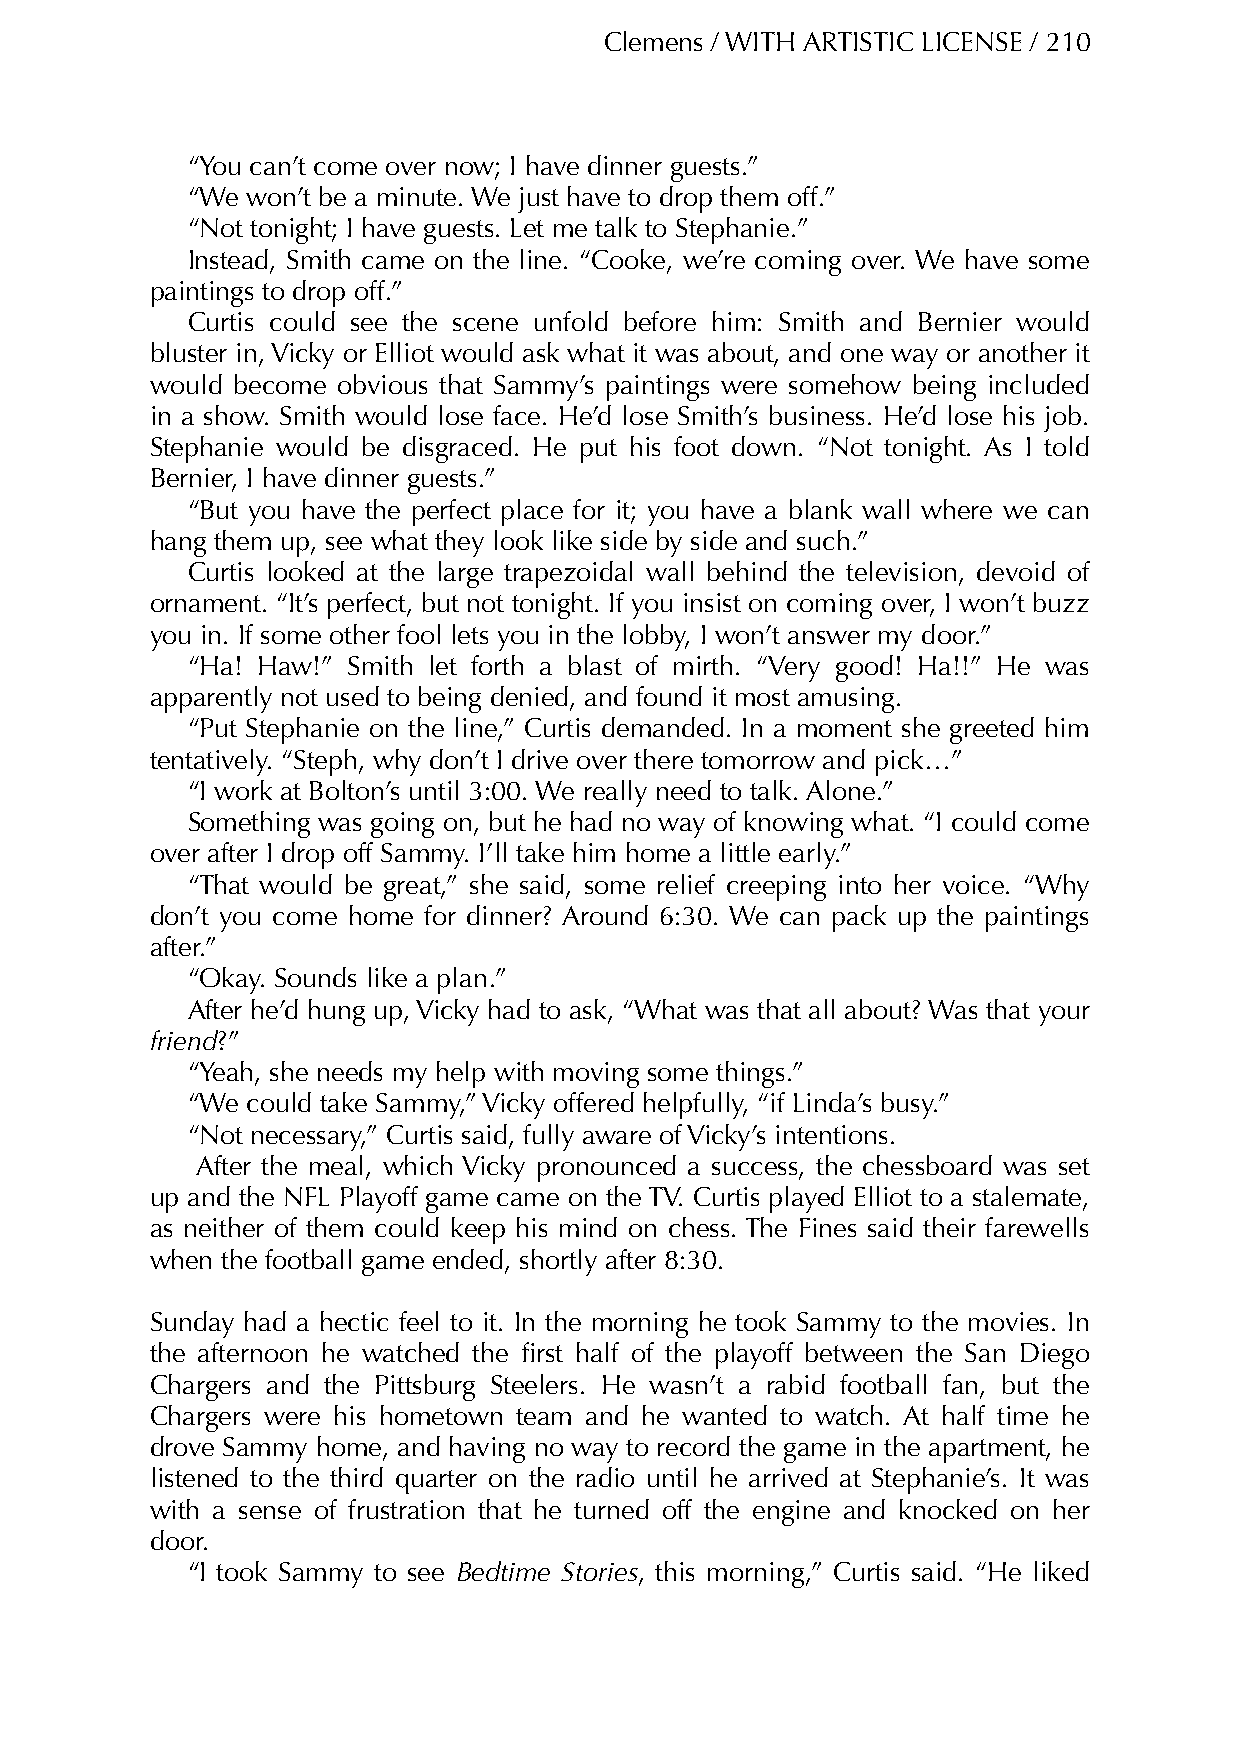
Clemens / WITH ARTISTIC LICENSE / 210
 “You can’t come over now; I have dinner guests.”
 “We won’t be a minute. We just have to drop them off.”
 “Not tonight; I have guests. Let me talk to Stephanie.”
 Instead, Smith came on the line. “Cooke, we’re coming over. We have some
 paintings to drop off.”
 Curtis could see the scene unfold before him: Smith and Bernier would
 bluster in, Vicky or Elliot would ask what it was about, and one way or another it
 would become obvious that Sammy’s paintings were somehow being included
 in a show. Smith would lose face. He’d lose Smith’s business. He’d lose his job.
 Stephanie would be disgraced. He put his foot down. “Not tonight. As I told
 Bernier, I have dinner guests.”
 “But you have the perfect place for it; you have a blank wall where we can
 hang them up, see what they look like side by side and such.”
 Curtis looked at the large trapezoidal wall behind the television, devoid of
 ornament. “It’s perfect, but not tonight. If you insist on coming over, I won’t buzz
 you in. If some other fool lets you in the lobby, I won’t answer my door.”
 “Ha! Haw!” Smith let forth a blast of mirth. “Very good! Ha!!” He was
 apparently not used to being denied, and found it most amusing.
 “Put Stephanie on the line,” Curtis demanded. In a moment she greeted him
 tentatively. “Steph, why don’t I drive over there tomorrow and pick…”
 “I work at Bolton’s until 3:00. We really need to talk. Alone.”
 Something was going on, but he had no way of knowing what. “I could come
 over after I drop off Sammy. I’ll take him home a little early.”
 “That would be great,” she said, some relief creeping into her voice. “Why
 don’t you come home for dinner? Around 6:30. We can pack up the paintings
 after.”
 “Okay. Sounds like a plan.”
 After he’d hung up, Vicky had to ask, “What was that all about? Was that your
 friend?”
 “Yeah, she needs my help with moving some things.”
 “We could take Sammy,” Vicky offered helpfully, “if Linda’s busy.”
 “Not necessary,” Curtis said, fully aware of Vicky’s intentions.
 After the meal, which Vicky pronounced a success, the chessboard was set
 up and the NFL Playoff game came on the TV. Curtis played Elliot to a stalemate,
 as neither of them could keep his mind on chess. The Fines said their farewells
 when the football game ended, shortly after 8:30.
 Sunday had a hectic feel to it. In the morning he took Sammy to the movies. In
 the afternoon he watched the first half of the playoff between the San Diego
 Chargers and the Pittsburg Steelers. He wasn’t a rabid football fan, but the
 Chargers were his hometown team and he wanted to watch. At half time he
 drove Sammy home, and having no way to record the game in the apartment, he
 listened to the third quarter on the radio until he arrived at Stephanie’s. It was
 with a sense of frustration that he turned off the engine and knocked on her
 door.
 “I took Sammy to see Bedtime Stories, this morning,” Curtis said. “He liked